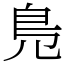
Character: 𠒎